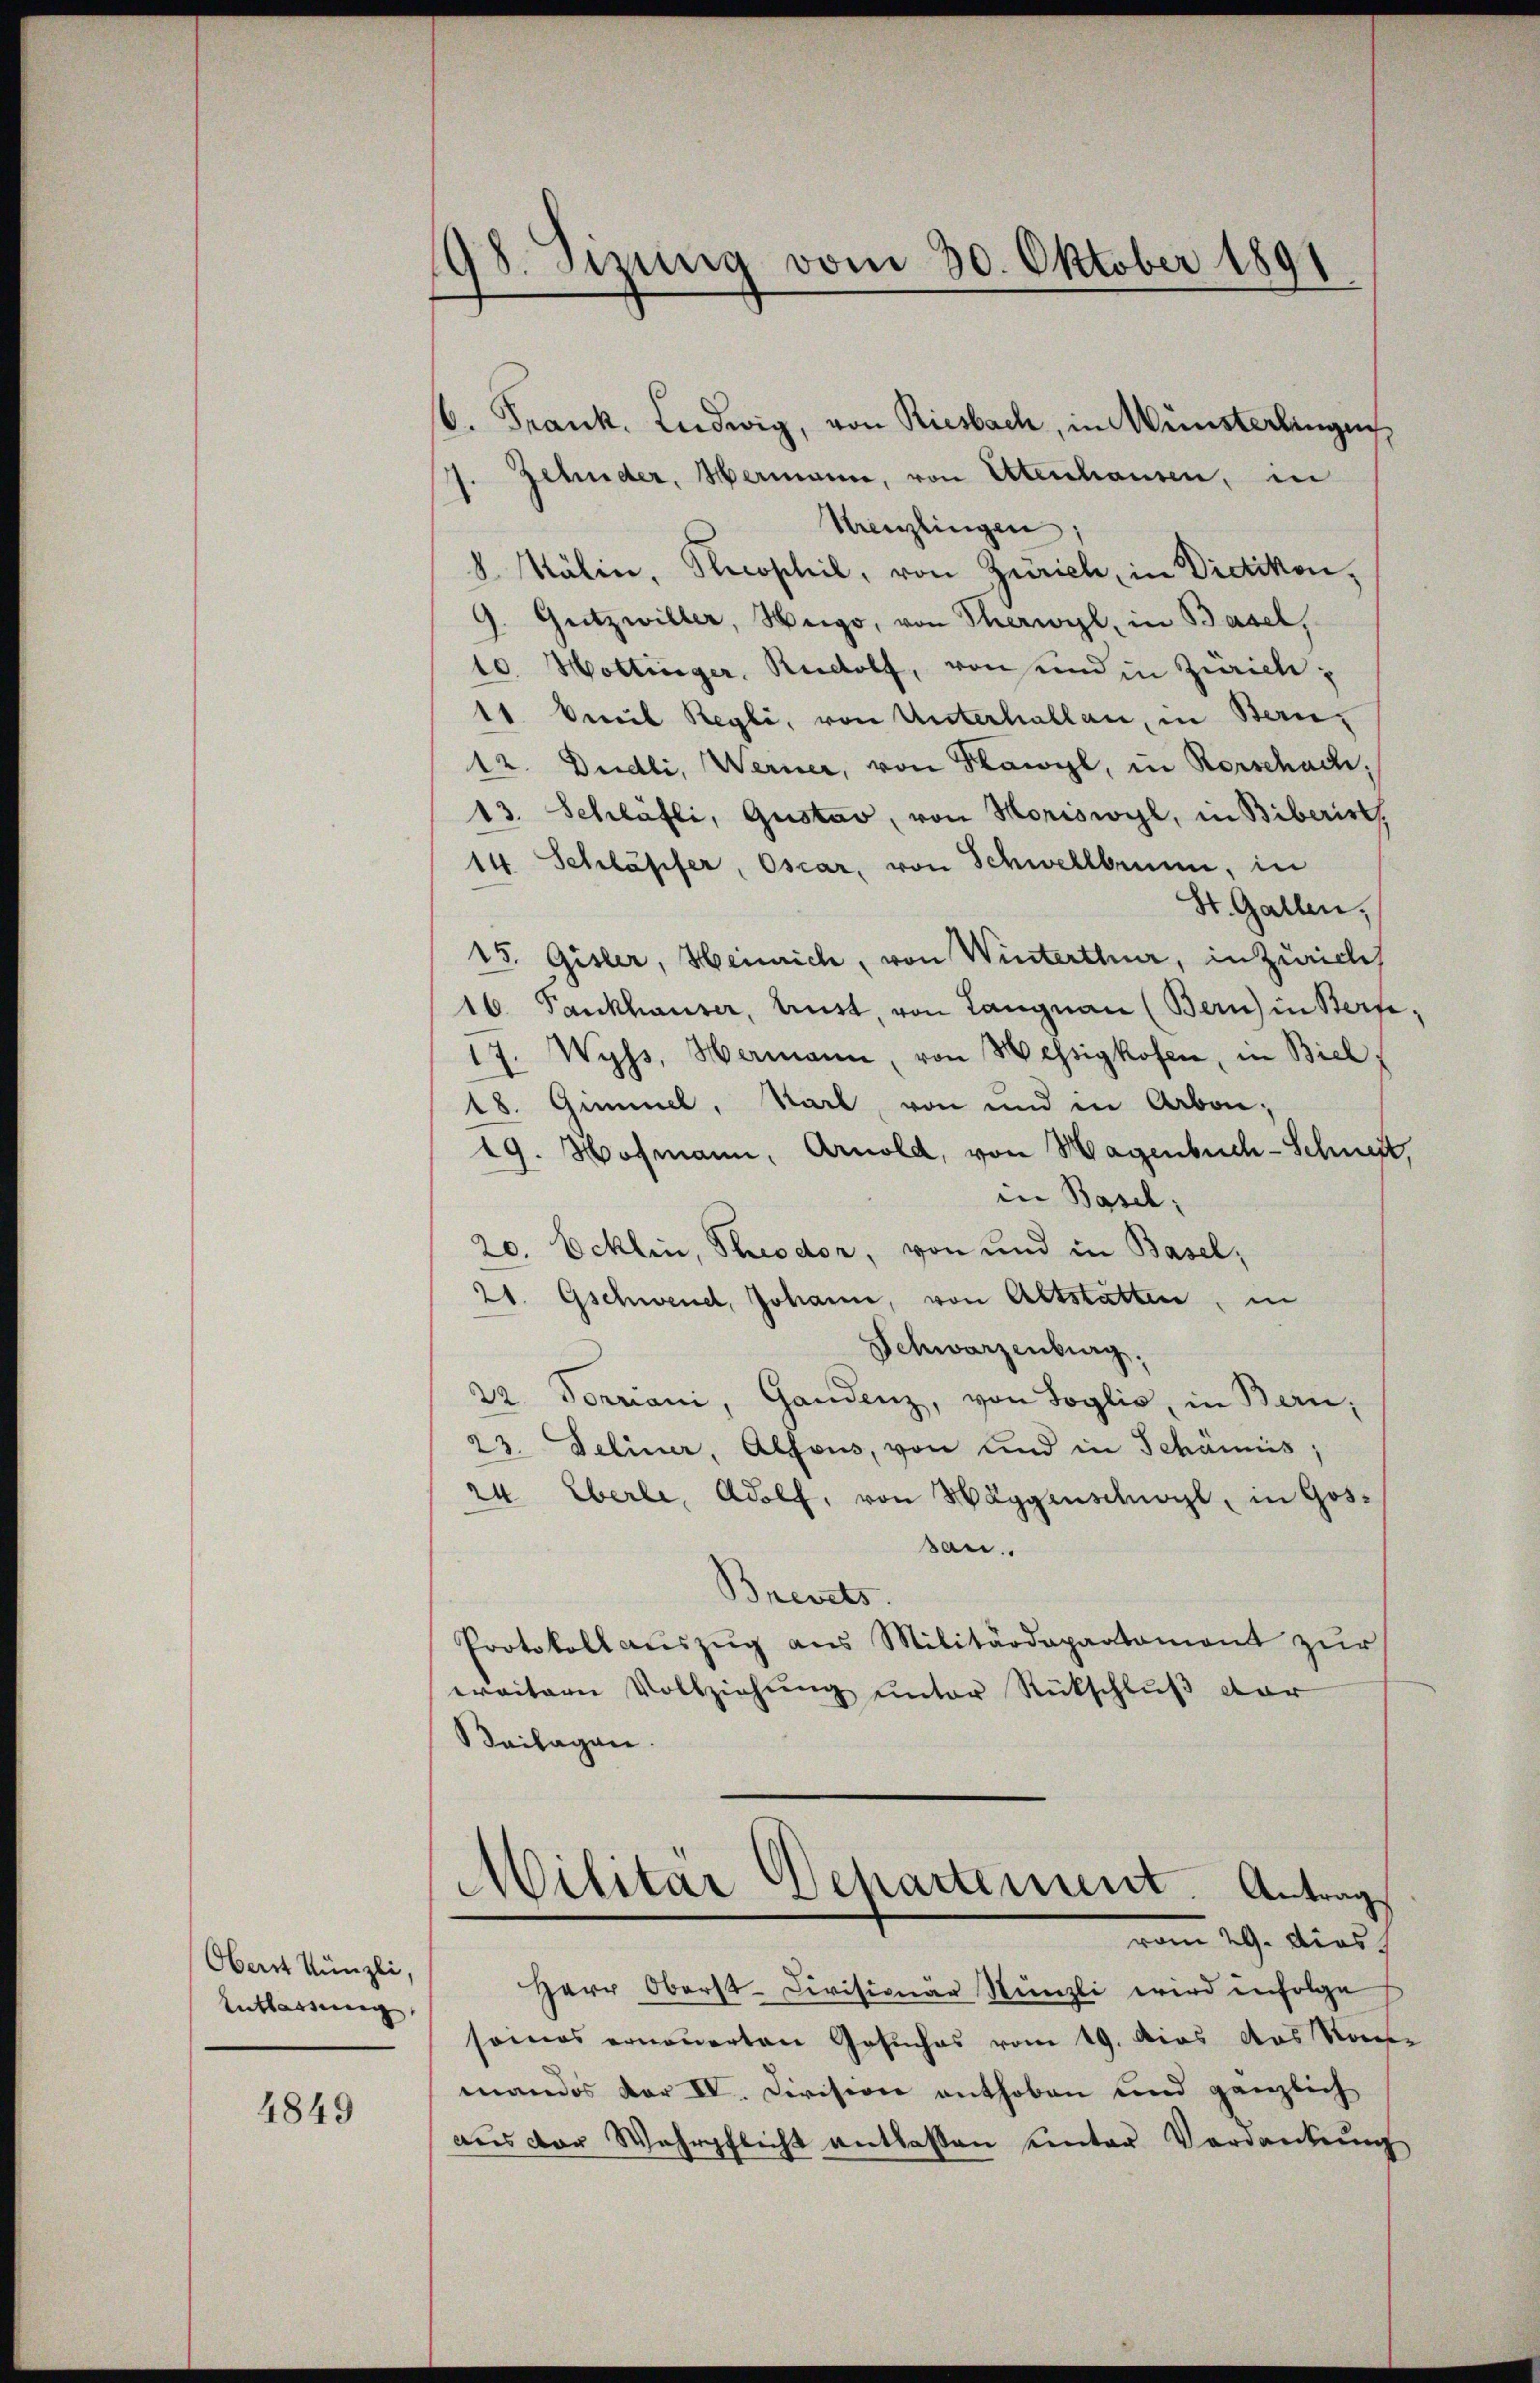
Oberst Künzli,
Entlassung

1849

s
98. Sizung vom 30. Oktober 1891

Zehnder, Hermann, von Ettenhausen, in
.
Krenzlingen
8. Kälin, Sophil, von Zürich, in Dietikon,
9. Gutzwiller, Weige, von Therwyl, in Basel,
10. Hottinger, Rudolf, von und in Zürich,
11 Viel Regli, von Unterhallen, in Ben¬
12. Dudli, Werner, von Flawyl, in Rorschach,
13. Schläfli, Gustav, von Horiswyl, in Biberis
14. Schläsifer, Oscar, von Schwellbrunn, in
St. Gallen,
15. Gisler, Heinrich, von Winterthur, in Zürich
16. Fankhauser, Lust, von Langnau (Bern) in Berge¬
17. Wyss, Hermann, von Hessigkofen, in Biel
18. Gimmel, Karl, von und in Arbone;
19. Hofmann, Arnold, von Magenbuch-Schneit,
in Basel;
20. Ecklin, Theodor, von und in Basel,
21. Gschwend, Johann, von Altstatten, in
Schwarzenburg,
22. Forriani, Gandenz, von Boglie, in Bern,
23. Deliner, Alfons, von und in Schämis;
24. Eberle, Adolf, von Häggenschwohl, in Gossan.
Brevets.
Protokoll aŭszŭg ans Militärdepartament zŭr
waitern Vollziehŭng ŭnter Rückschlŭβ der
Beilagen.
Militar Departement. Antrag
29 dies
Herr Oberst-Civisionär Nünzli wird infolge
somas erneuerten Gesuches vom 19. Das das Kon-
mandos dar IV. Division enthoben und gänzlich
aus der Wehrpflicht entlassen unter Verdankung

6. Frank. Ludwig, von Riesbach, in Wünsterlingen